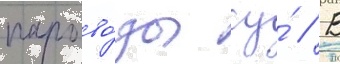
парово́зы су́ // В